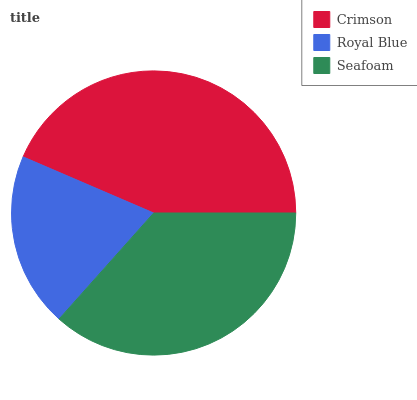
| Crimson | Royal Blue | Seafoam |
 | --- | --- | --- |
 | 43.6% | 19.9% | 36.6% |